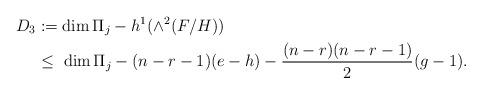
LaTeX: \begin{align*}D_3 &:= \dim \Pi_j - h^1(\wedge^2 (F/H)) \\ &\le \ \dim \Pi_j - (n-r-1)(e-h) - \frac{(n-r)(n-r-1)}{2}(g-1).\end{align*}